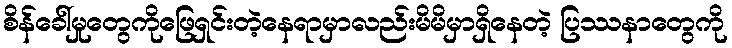
စိန်ခေါ်မှုတွေကိုဖြေရှင်းတဲ့နေရာမှာလည်းမိမိမှာရှိနေတဲ့ ပြဿနာတွေကို